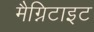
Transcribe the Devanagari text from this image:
मैग्निटाइट